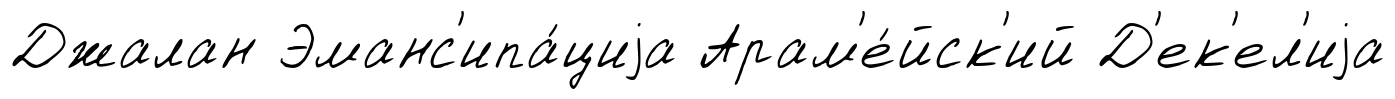
Джалан Эманс'ипа́циjа Арам'е́йск'ий Д'ек'ел'иjа